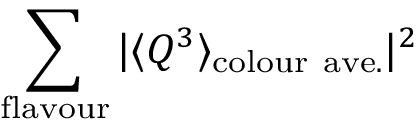
\sum _ { \mathrm { f l a v o u r } } \vert \langle Q ^ { 3 } \rangle _ { \mathrm { c o l o u r ~ a v e . } } \vert ^ { 2 }